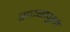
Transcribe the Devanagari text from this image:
राज्यापुरते